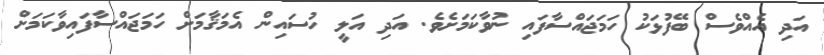
އަދި އެއްވެސް ބޭފުޅަކު ހަމަޖައްސާފައި ނުވާކަމަށެވެ. އަދި އަލީ ހުސައިން އެމަޤާމަށް ހަމަޖައްސާފައިވާކަމަށް